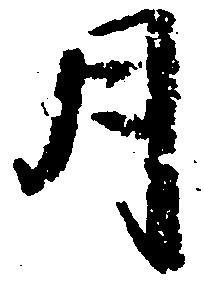
月